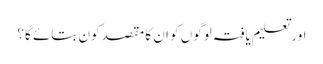
اور تعلیم یافتہ لوگوں کو ان کا مقصدکون بتائے گا؟